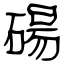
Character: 碭